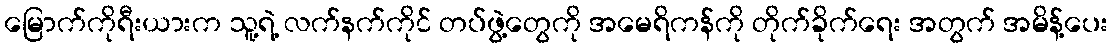
မြောက်ကိုရီးယားက သူ့ရဲ့ လက်နက်ကိုင် တပ်ဖွဲ့တွေကို အမေရိကန်ကို တိုက်ခိုက်ရေး အတွက် အမိန့်ပေး